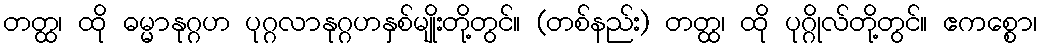
တတ္ထ၊ ထို ဓမ္မာနုဂ္ဂဟ ပုဂ္ဂလာနုဂ္ဂဟနှစ်မျိုးတို့တွင်။ (တစ်နည်း) တတ္ထ၊ ထို ပုဂ္ဂိုလ်တို့တွင်။ ဧကစ္စော၊